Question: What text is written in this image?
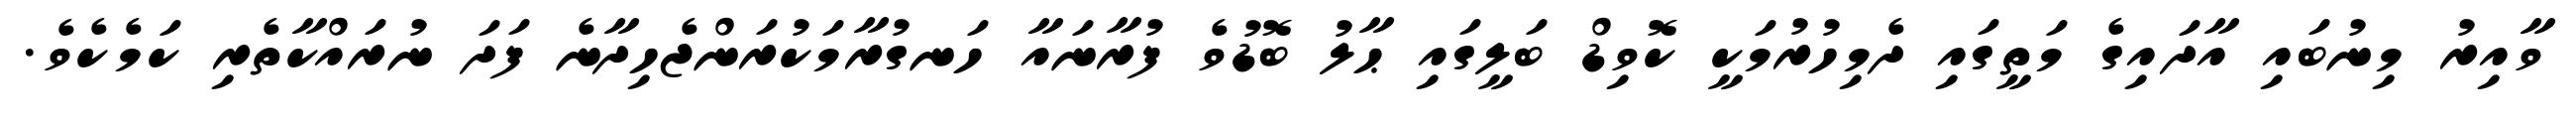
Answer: ވާއިރު މިނުބައި އާދައިގެ މަތީގައި ދެމިހުރުމަކީ ކޮވިޑް ބަލީގައި ޙާލު ބޮޑުވެ ފުރާނައާ ހަނގުރާމަކުރަންޖެހިދާނެ ފަދަ ނުރައްކާތެރި ކަމެކެވެ.